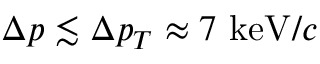
\Delta p \lesssim \Delta p _ { T } \approx 7 ~ \mathrm { k e V } / c